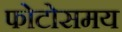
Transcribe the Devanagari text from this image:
फोटोसमय